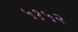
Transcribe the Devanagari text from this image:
५१५२